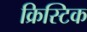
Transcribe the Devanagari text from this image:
क्रिस्टिक